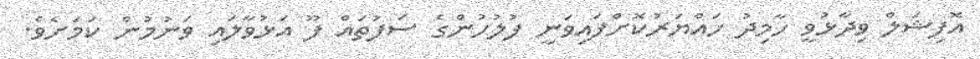
އޮފިޝަލް ވިދާޅުވީ ހާމިދު ހައްޔަރުކޮށްފައިވަނީ ފުލުހުންގެ ސަފުތައް ފޫ އަޅުވާލައި ވަނުމުން ކަމަށެވެ.